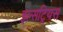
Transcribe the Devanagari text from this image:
इल्सट्रियस